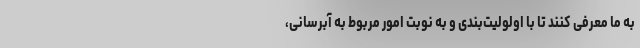
به ما معرفی کنند تا با اولولیت‌بندی و به نوبت امور مربوط به آبرسانی،‌